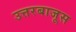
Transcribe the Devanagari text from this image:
उत्तरबाजूस